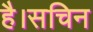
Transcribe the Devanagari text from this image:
है।सचिन